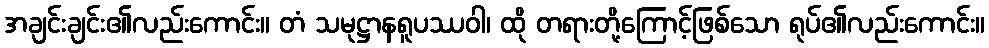
အချင်းချင်း၏လည်းကောင်း။ တံ သမုဋ္ဌာနရူပဿဝါ၊ ထို တရားတို့ကြောင့်ဖြစ်သော ရုပ်၏လည်းကောင်း။